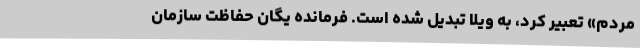
مردم» تعبیر کرد، به ویلا تبدیل شده است. فرمانده یگان حفاظت سازمان